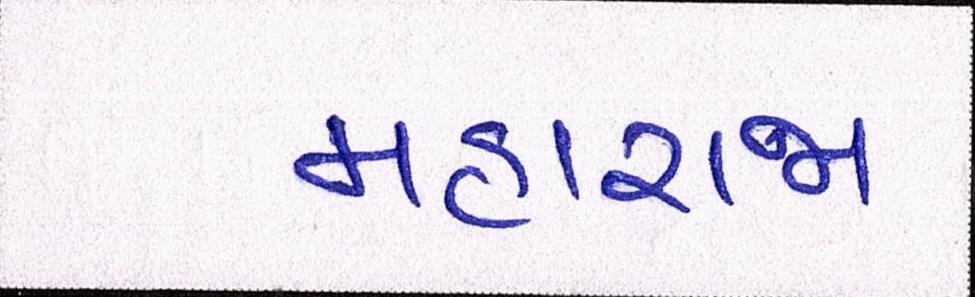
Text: મહારાજા